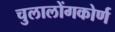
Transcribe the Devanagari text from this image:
चुलालोंगकोर्ण